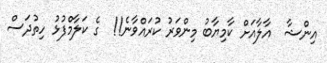
އިންޝާ  އާލާއަށް ކާމިޔާބު މިންވަރު ކުރައްވާނެ!!  ގެ ކަލާމްފުޅު ހިތުދަސް